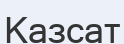
Казсат